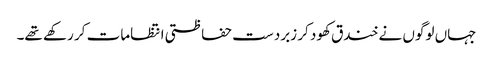
جہاں لوگوں نے خندق کھود کر زبردست حفاظتی انتظامات کر رکھے تھے۔